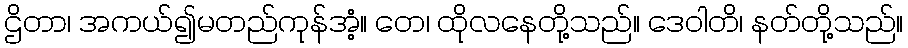
ဌိတာ၊ အကယ်၍မတည်ကုန်အံ့။ တေ၊ ထိုလနေတို့သည်။ ဒေဝါတိ၊ နတ်တို့သည်။